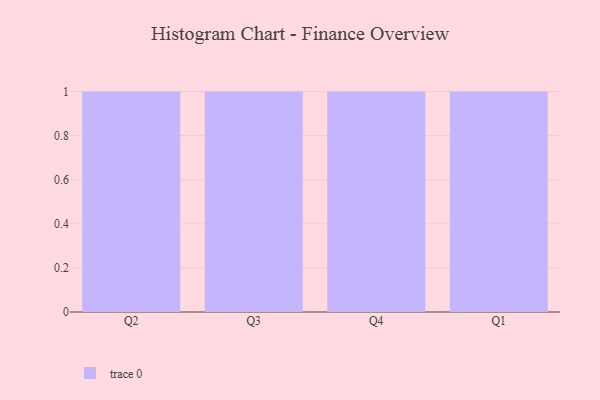
{"axis": {"x": "Quarter", "y": "Latency (ms)"}, "legend": [""], "data": [{"x": "Q2", "y": 5, "type": ""}, {"x": "Q3", "y": 10, "type": ""}, {"x": "Q4", "y": 67, "type": ""}, {"x": "Q1", "y": 34, "type": ""}]}